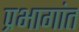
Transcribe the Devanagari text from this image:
प्रभागांत